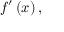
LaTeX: f ^ { \prime } \left( x \right) ,